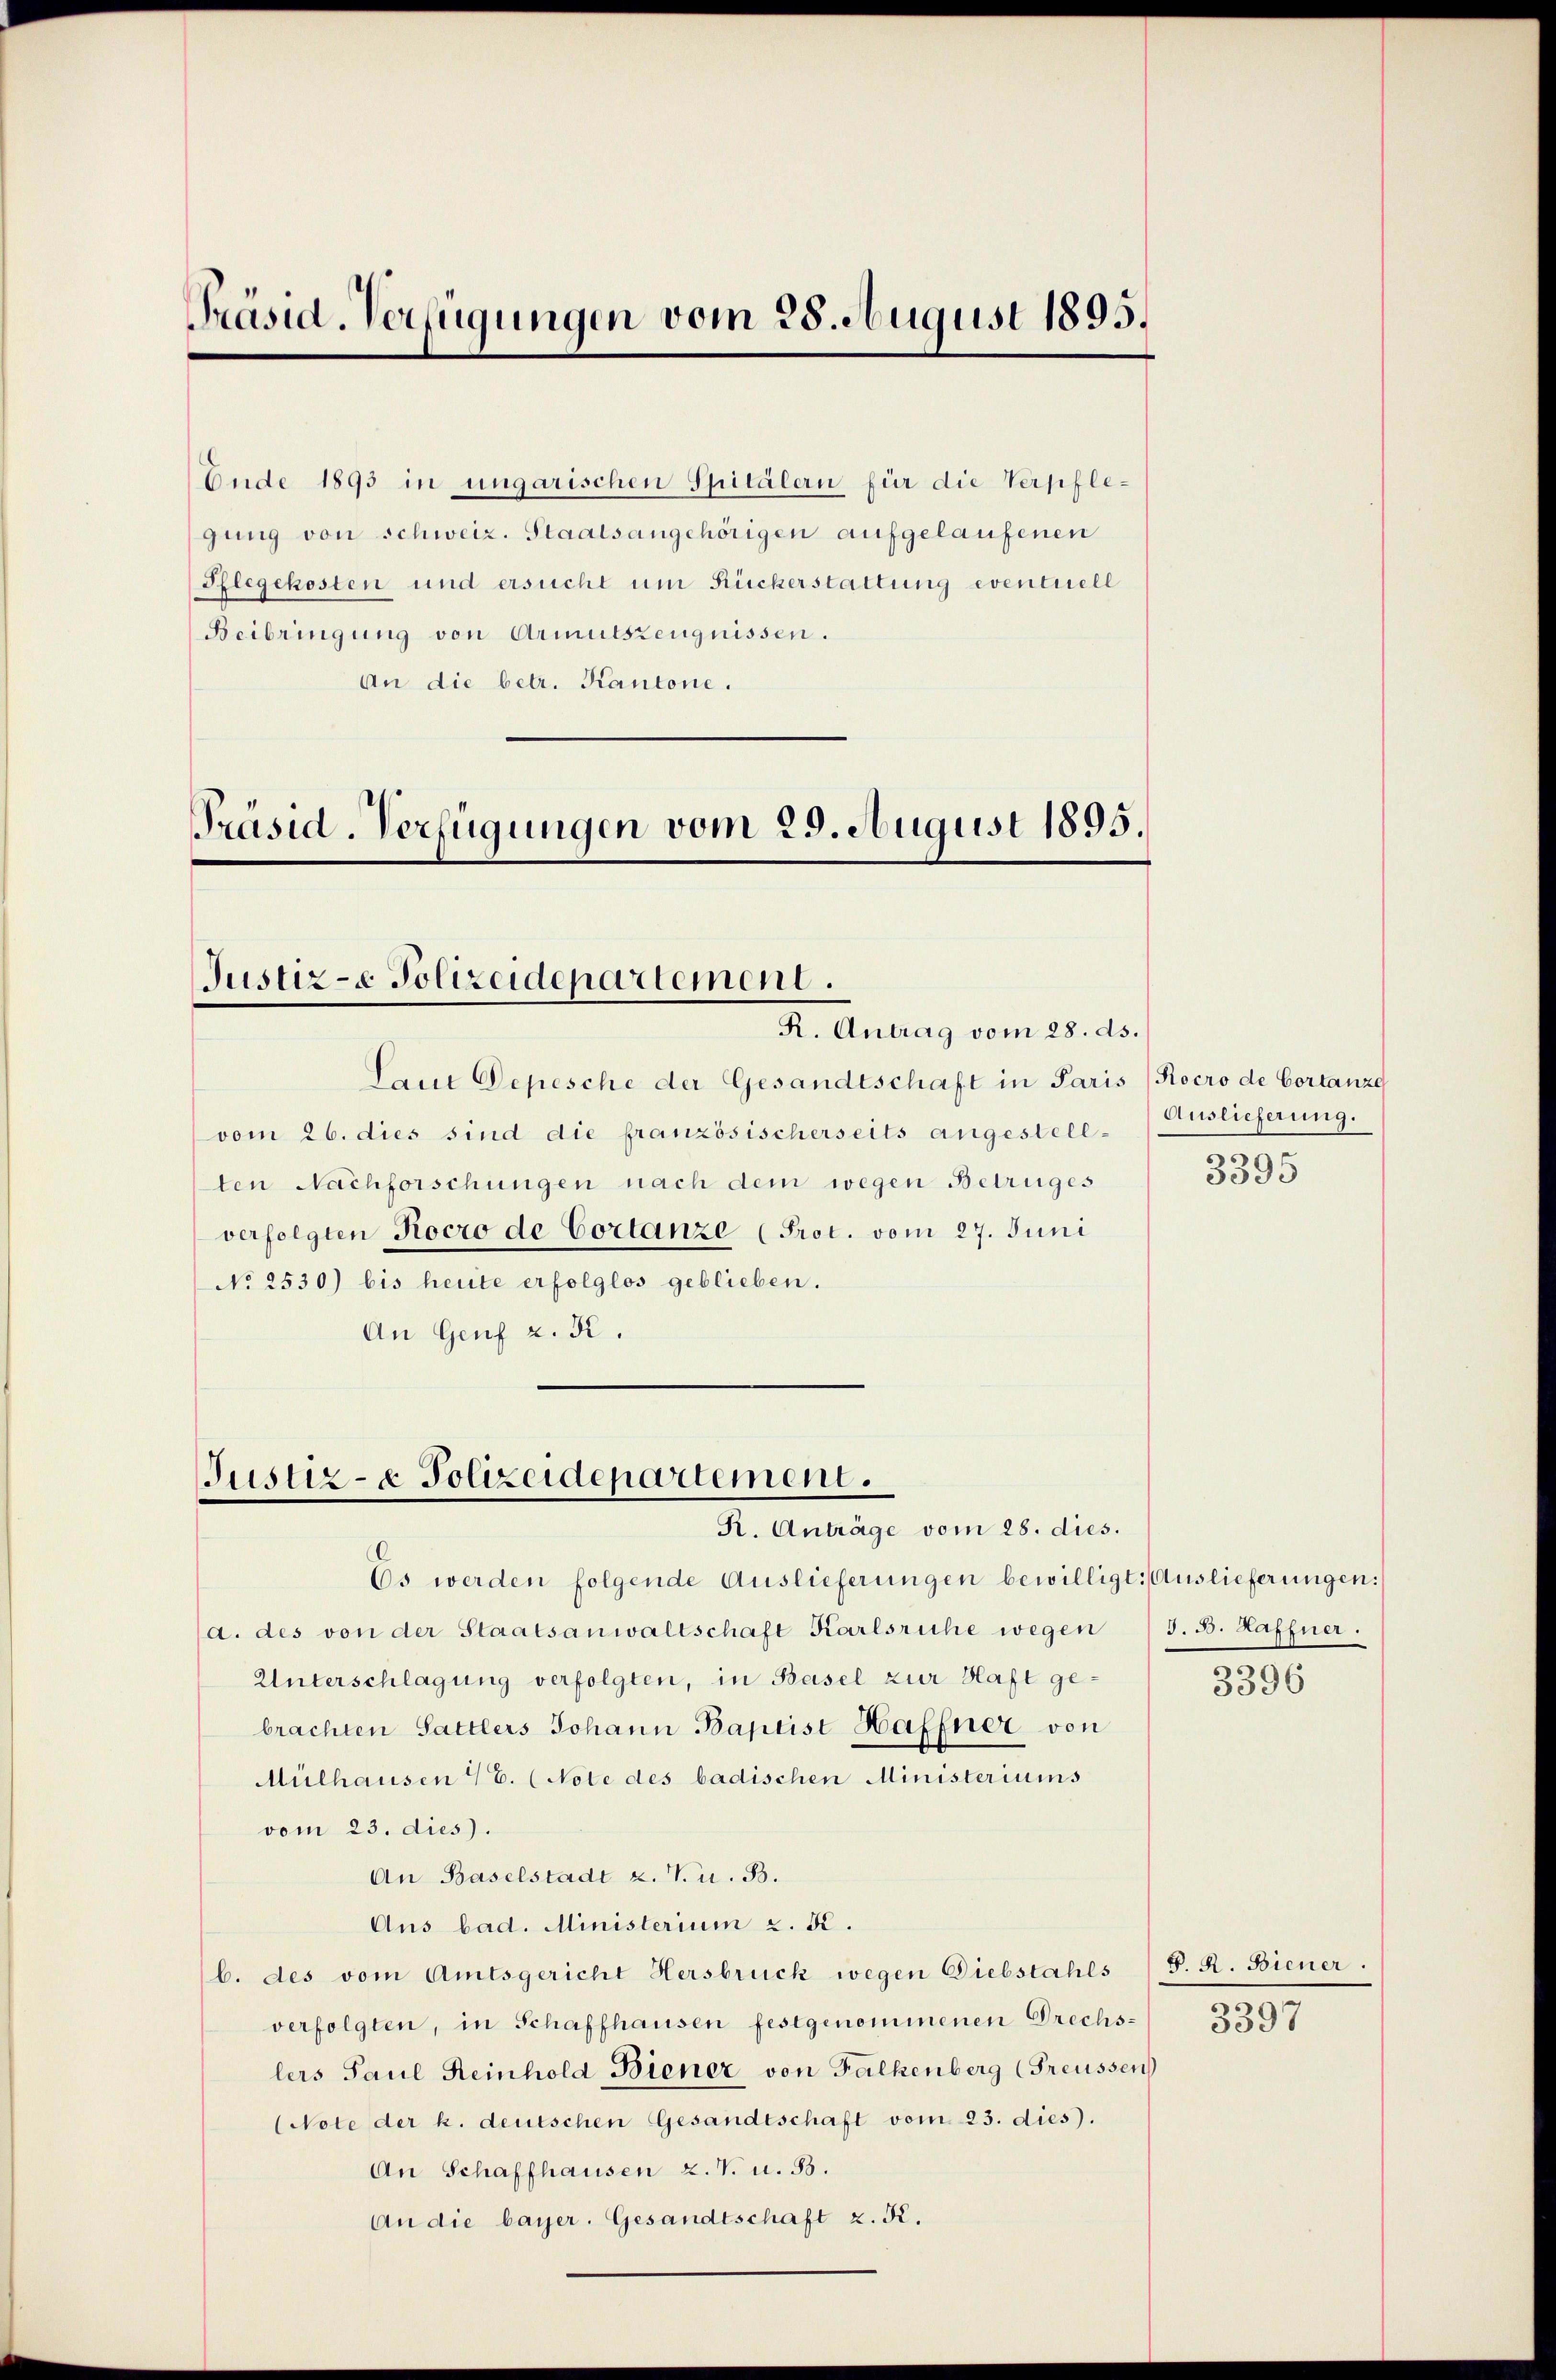
Präsid. Verfügungen vom 28. August 1895.

Beibringung von Armutszeugnissen.
An die betr. Kantone.

Ende 1893 in ungarischen Spitälern für die Verpflegung von schweiz. Staatsangehörigen aufgelaufenen
Pflegekosten und ersucht um Rückerstattung eventuell

Präsid. Verfügungen vom 25. August 1895.

Justiz-e Polizeidepartement.
R. Antrag vom 28. ds.

Laut Depesche der Gesandtschaft in Pari
vom 26. dies sind die französischerseits angestell-
ten Nachforschungen nach dem wegen Betruges
verfolgten Kocro de Cortanze (Prot. vom 27. Juni
No 2530) bis heute erfolglos geblieben.
An Genf z. K.

Justiz- & Polizeidepartement.
R. Anträge vom 28. dies.

Es werden folgende Auslieferungen bewilligt: Auslieferungen:
a. des von der Staatsanwaltschaft Karlsruhe wegen (s. B. Haffner
Unterschlagung verfolgten, in Basel zur Haft gebrachten Sattlers Johann Baptist Haffner von
Mülhausen 46. (Note des badischen Ministeriums
vom 23. dies.
An Baselstadt u. V. u. 33.
Aus bad. Ministerium z. R.
b. des vom Amtsgericht Hersbruck wegen Diebstahls) S. R. Biener.
verfolgten, in Schaffhausen festgenommenen Drechslers Paul Reinhold Biener von Falkenberg (Freussen
(Note der k. deutschen Gesandtschaft vom 23. dies).
An Schaffhausen 2. V. u. 33.
An die bayer. Gesandtschaft z. K.

5 (Rocro de Cortanze
Auslieferung.
3395

e
5396

mn

5397